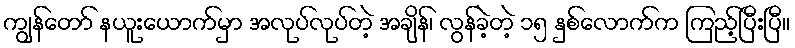
ကျွန်တော် နယူးယောက်မှာ အလုပ်လုပ်တဲ့ အချိန်၊ လွန်ခဲ့တဲ့ ၁၅ နှစ်လောက်က ကြည့်ပြီးပြီ။